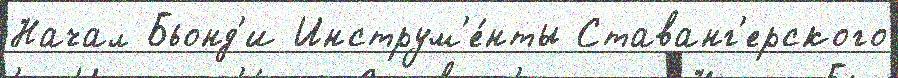
Начал Бьонд'и Инструм'е́нты Ставанг'ерского